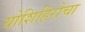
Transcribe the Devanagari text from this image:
योशिहिरोचा